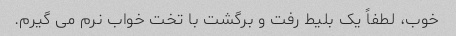
خوب، لطفاً یک بلیط رفت و برگشت با تخت خواب نرم می گیرم.